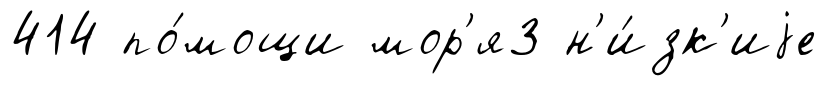
414 по́мощи мор'я3 н'и́зк'иjе